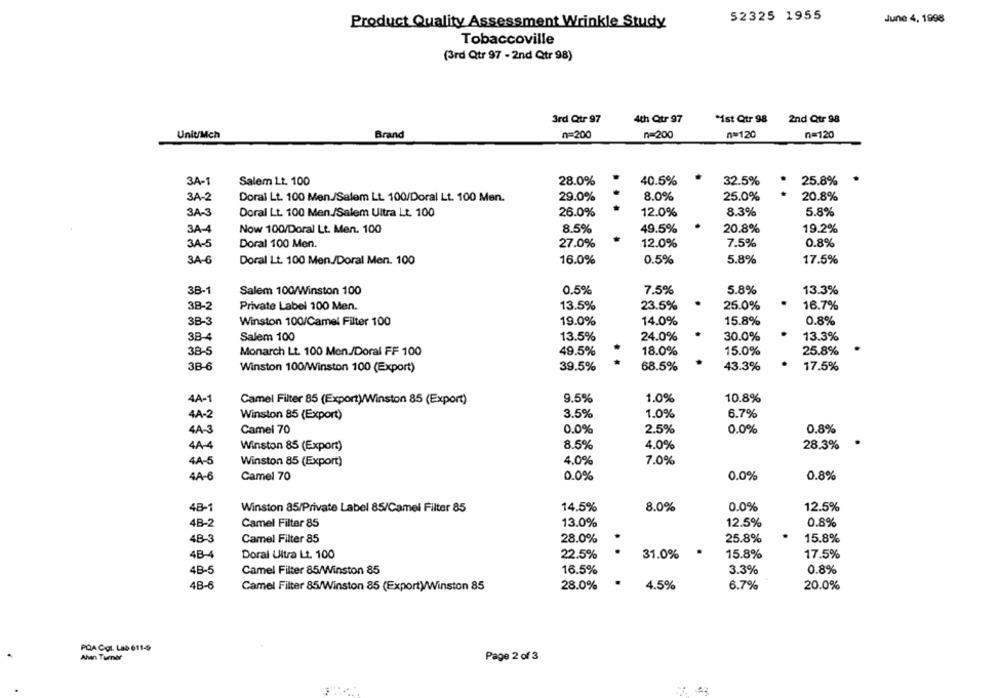
52325 1955
June 4, 1998
Product Quality Assessment Wrinkle Study
Tobaccoville
(3rd Qtr 97 - 2nd Qtr 98)
3rd Qtr 97
4th Qtr 97
*ist Qtr 98
2nd Qtr 98
Unit/Mch
Brand
n=200
n=200
n=120
n=120
3A-1
Salem Lt. 100
28.0%
40.5%
32.5%
25.8%
3A-2
Doral Lt. 100 Men./Salem Lt. 100/Doral Lt. 100 Men.
29.0%
8.0%
25.0%
20.8%
...
3A-3
Doral Lt. 100 Men./Salem Ultra Lt. 100
26.0%
12.0%
8.3%
5.8%
3A-4
Now 100/Doral Lt. Men. 100
8.5%
49.5%
20.8%
19.2%
3A-5
Doral 100 Men.
27.0%
12.0%
7.5%
0.8%
3A-6
Doral Lt. 100 Men./Doral Men. 100
16.0%
0.5%
5.8%
17.5%
3B-1
Salem 100/Winston 100
0.5%
7.5%
5.8%
13.3%
38-2
Private Label 100 Men.
13.5%
23.5%
25.0%
16.7%
3B-3
Winston 100/Camel Filter 100
19.0%
14.0%
15.8%
0.8%
3B-4
Salem 100
13.5%
24.0%
30.0%
13.3%
38-5
Monarch Lt. 100 Mon./Doral FF 100
49.5%
18.0%
15.0%
25.8%
3B-6
Winston 100/Winston 100 (Export)
39.5%
68.5%
43.3%
17.5%
4A-1
1.0%
10.8%
Camel Filter 85 (Export)/Winston 85 (Export)
9.5%
4A-2
Winston 85 (Export)
3.5%
1.0%
6.7%
4A-3
Camel 70
0.0%
2.5%
0.0%
0.8%
4A-4
Winston 85 (Export)
8.5%
4.0%
28.3%
4A-5
4.0%
7.0%
Winston 85 (Export)
4A-6
Camel 70
0.0%
0.0%
0.8%
48-1
Winston 85/Private Label 85/Camel Filter 85
14.5%
8.0%
0.0%
12.5%
4B-2
13.0%
12.5%
0.8%
Camel Filter 85
48-3
Camel Filter 85
28.0%
25.8%
15.8%
.
. .
4B-4
Doral Ultra Lt. 100
22.5%
31.0%
15.8%
17.5%
4B-5
Camel Filter 85/Winston 85
16.5%
3.3%
0.8%
4B-6
28.0%
.
4.5%
6.7%
20.0%
Camel Filter 85/Winston 85 (Export)/Winston 85
PQA Co. Lab 611-9
Alwan Turner
Page 2 of 3